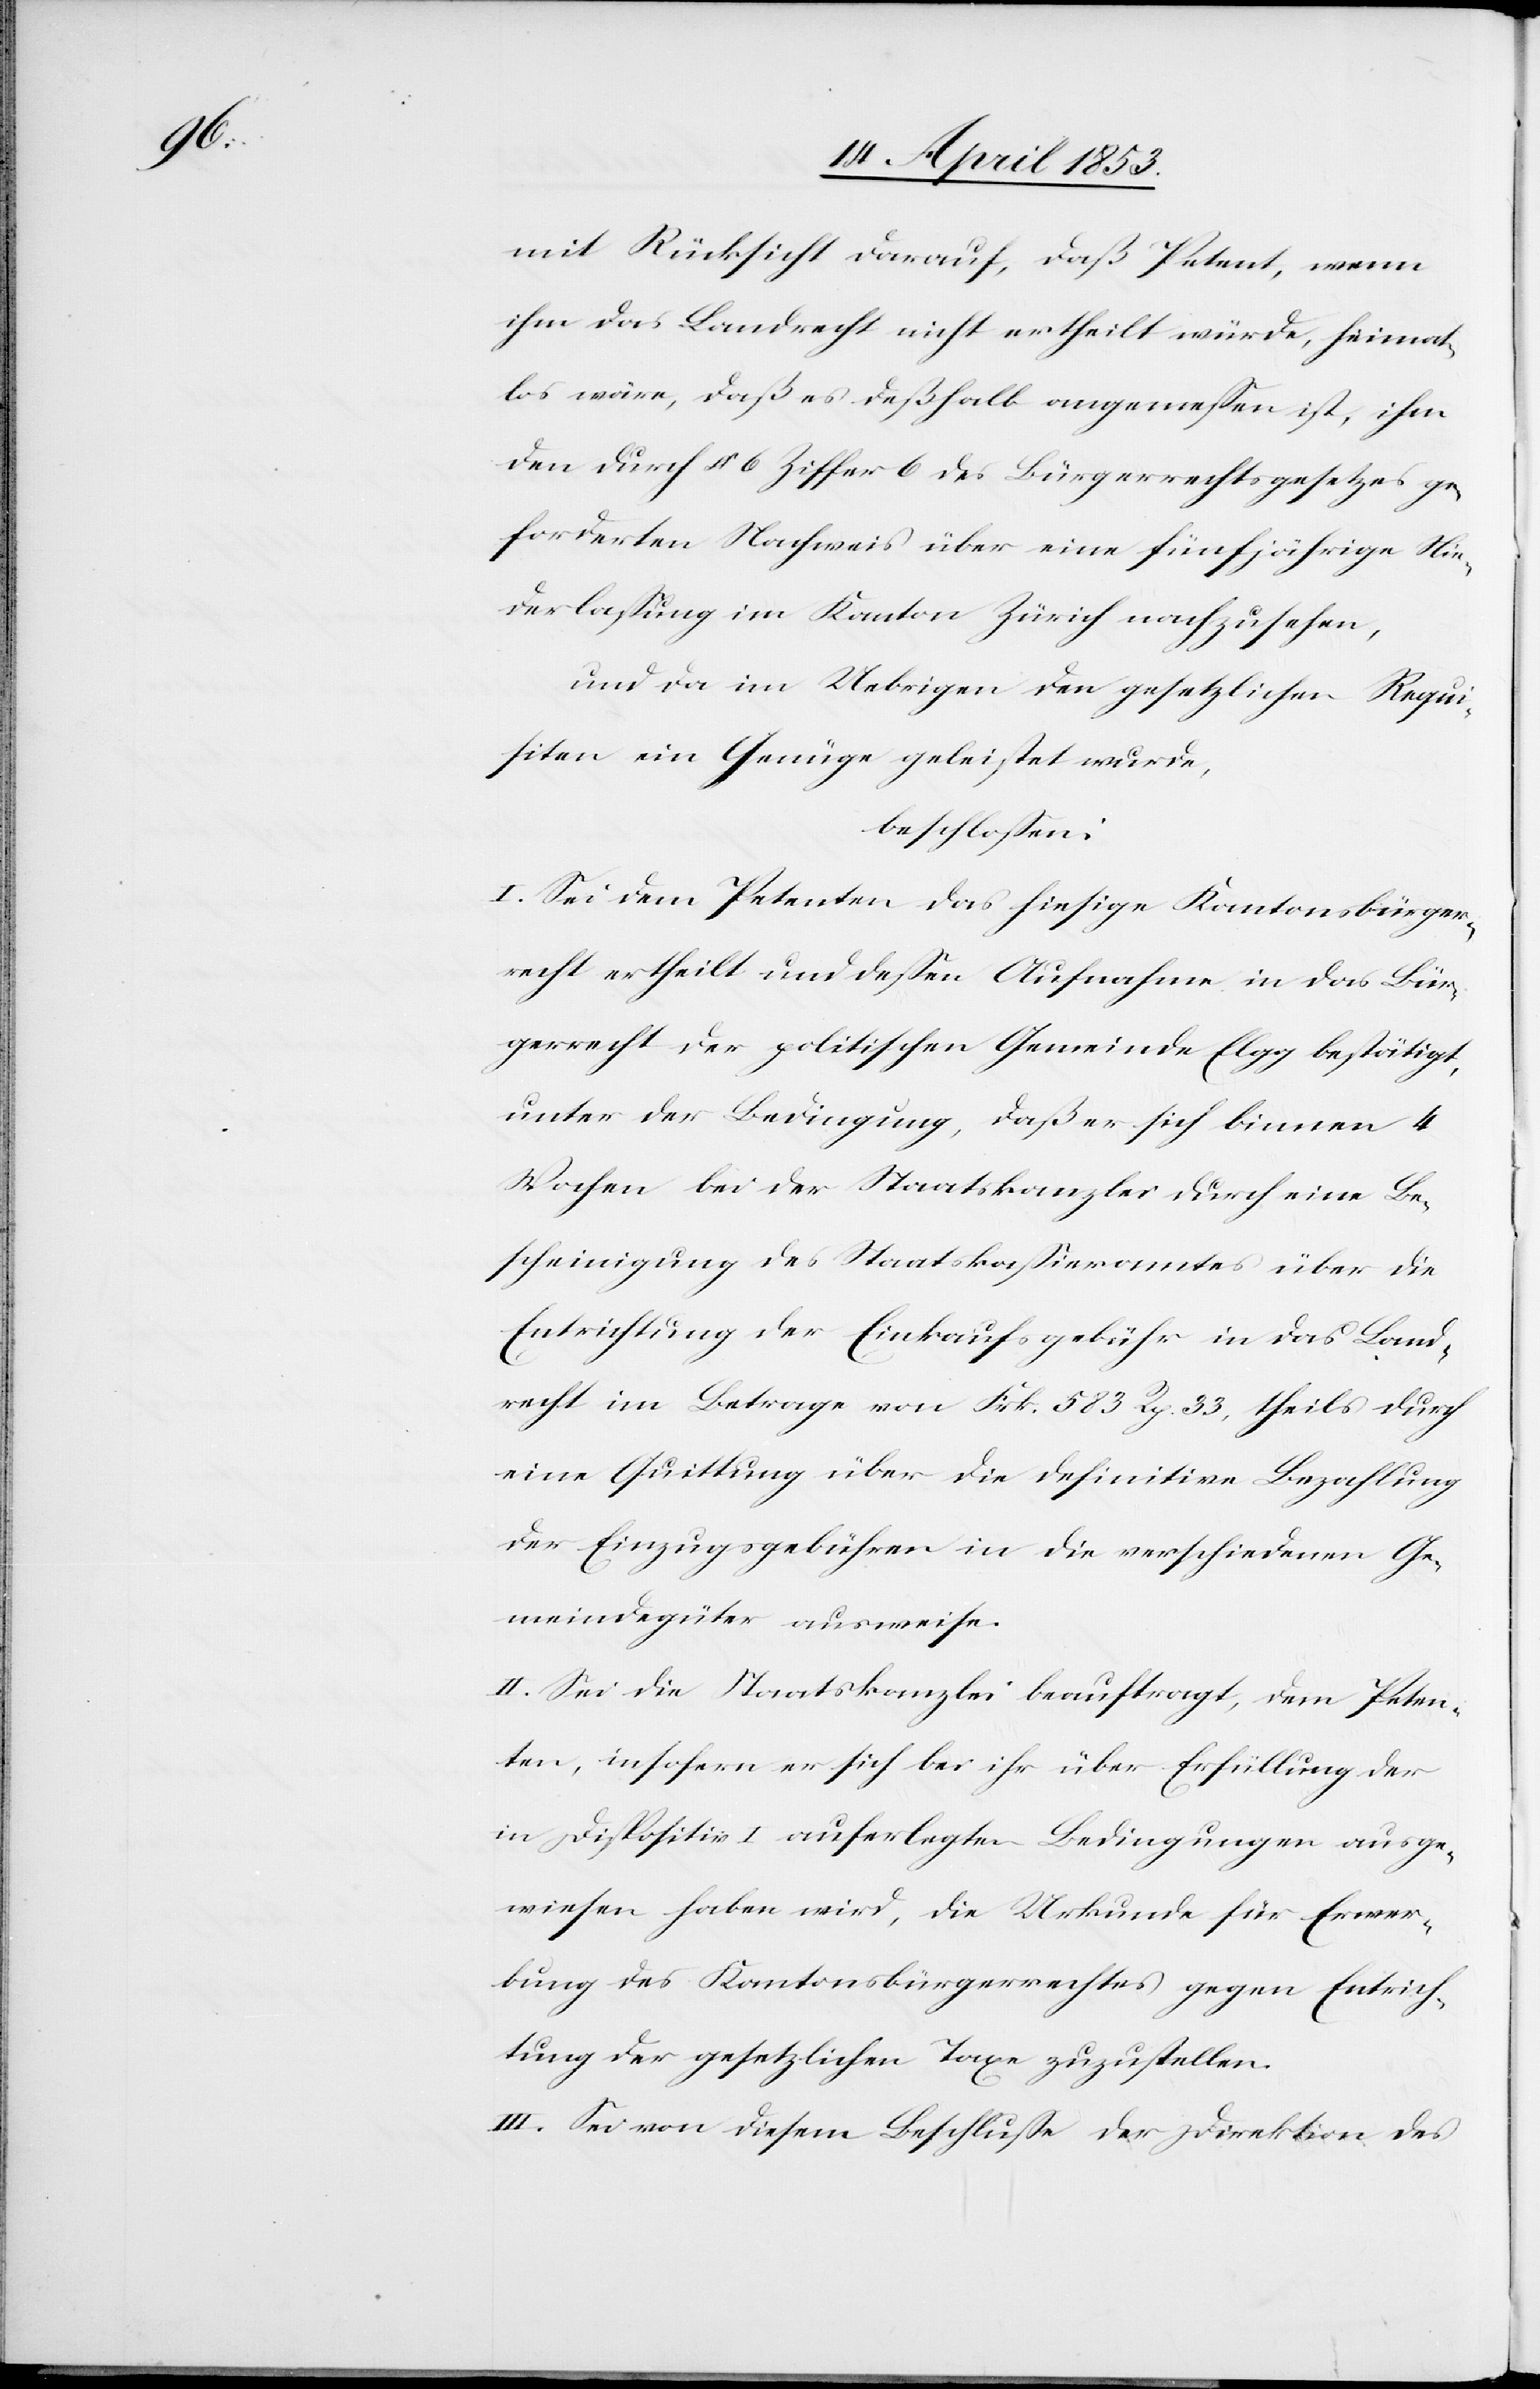
mit Rücksicht darauf, daß Petent, wenn
ihm das Landrecht nicht ertheilt würde, heimat¬
los wäre, daß es deßhalb angemeßen ist, ihm
den durch § 6 Ziffer 6 des Bürgerrechtsgesetzes ge¬
forderten Nachweis über eine fünfjährige Nie¬
derlaßung im Kanton Zürich nachzusehen,
und da im Uebrigen, den gesetzlichen Requi¬
siten ein Genüge geleistet wurde,
beschloßen:
I. Sei dem Petenten, das hiesige Kantonsbürger¬
recht ertheilt und deßen Aufnahme in das Bür¬
gerrecht der politischen Gemeinde Elgg bestätigt,
unter der Bedingung, daß er sich binnen 4
Wochen bei der Staatskanzlei durch eine Be¬
scheinigung des Staatskaßieramtes über die
Entrichtung der Einkaufsgebühr in das Land¬
recht im Betrage von Frk. 583 Rp. 33, theils durch
eine Quittung über die definitive Bezahlung
der Einzugsgebühren in die verschiedenen Ge¬
meindegüter ausweise.
II. Sei die Staatskanzlei beauftragt, dem Peten¬
ten, insofern er sich bei ihr über Erfüllung des
Dispositivs I. auferlegten Bedingungen ausge¬
wiesen haben wird, die Urkunde für Erwer¬
bung des Kantonsbürgerrechtes gegen Entrich¬
tung der gesetzlichen Taxe zuzustellen.
III. Sei von diesem Beschluße der Direktion des